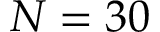
N = 3 0